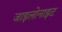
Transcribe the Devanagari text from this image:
जाइलोनाइट